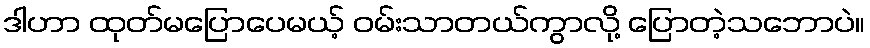
ဒါဟာ ထုတ်မပြောပေမယ့် ဝမ်းသာတယ်ကွာလို့ ပြောတဲ့သဘောပဲ။